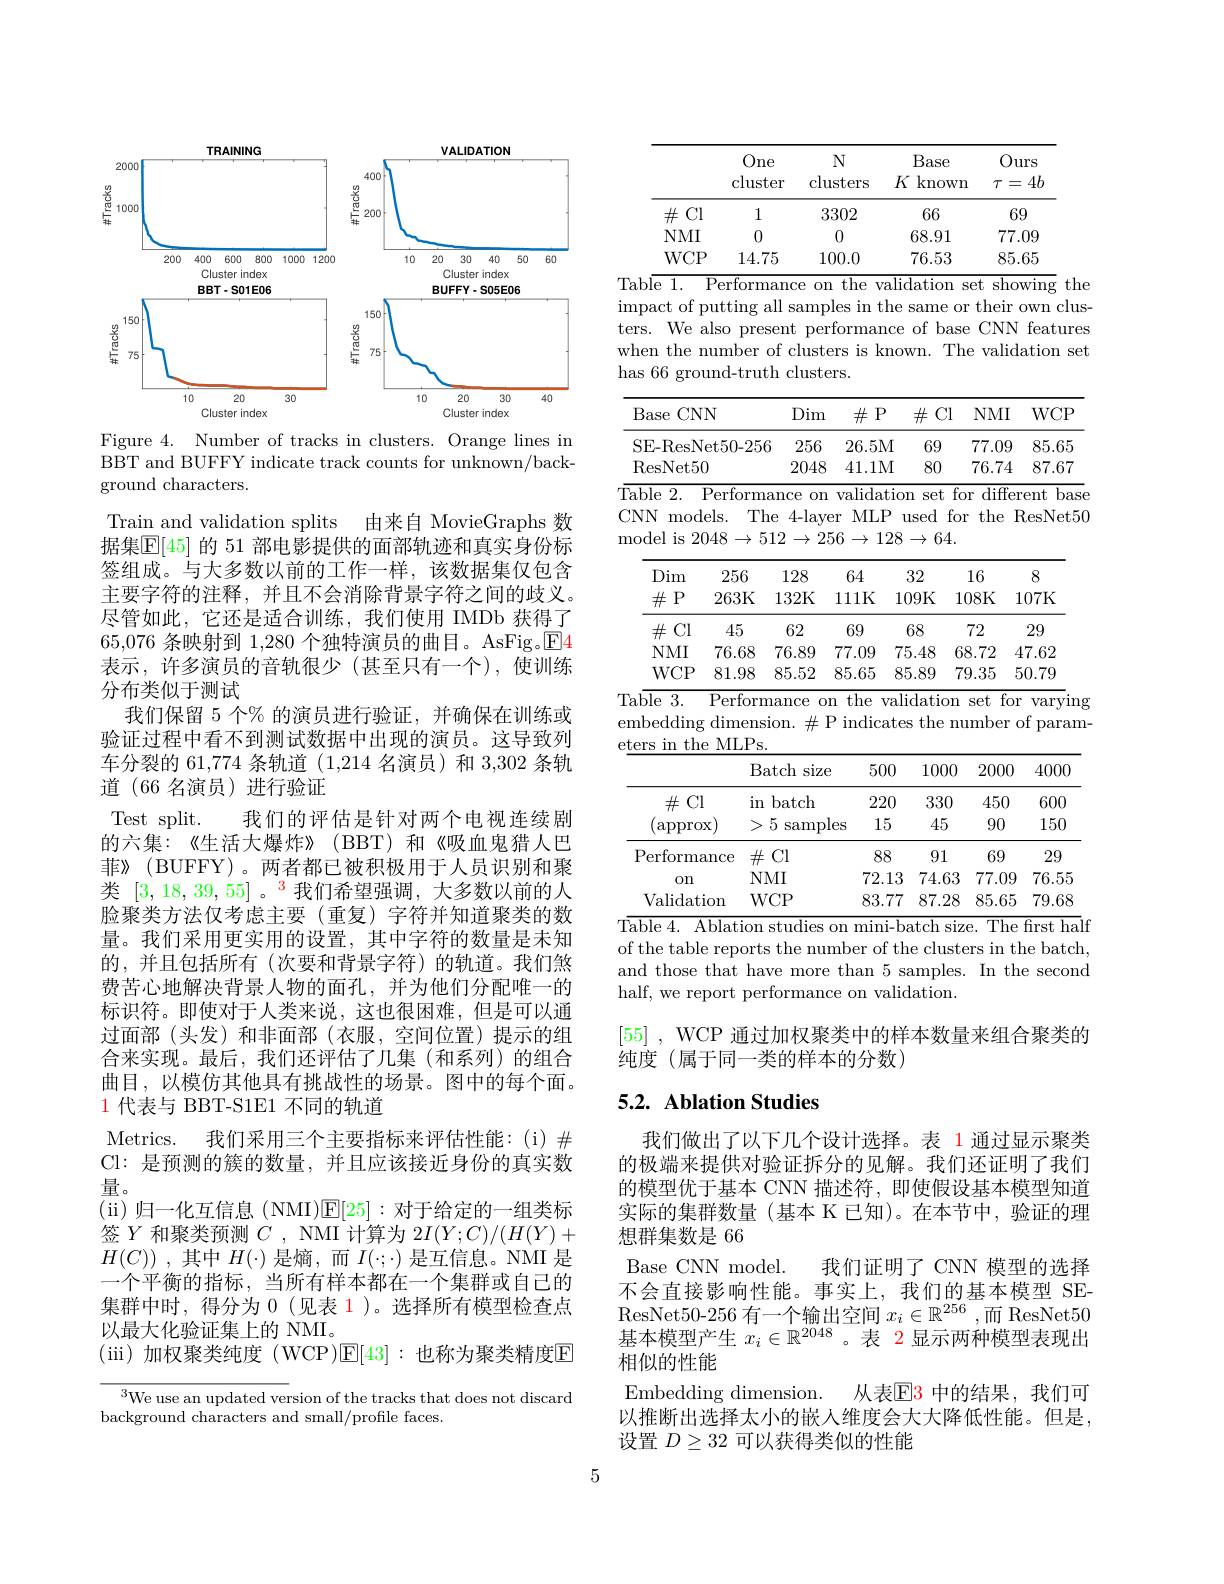
<FigureHere>
Figure 4. Number of tracks in clusters. Orange lines in

BBT and BUFFY indicate track counts for unknown/back-
ground characters.

Train and validation splits 由来自 MovieGraphs 数据集$\overline{\mathbb{E}}[45]$ 的 51 部电影提供的面部轨迹和真实身份标签组成。与大多数以前的工作一样，该数据集仅包含主要字符的注释，并且不会消除背景字符之间的歧义。尽管如此，它还是适合训练，我们使用 IMDb 获得了65,076 条映射到 1,280 个独特演员的曲目。AsFig。$\boxed{\mathrm{E}}4$ 表示，许多演员的音轨很少(甚至只有一个),使训练分布类似于测试
我们保留 5 个% 的演员进行验证，并确保在训练或验证过程中看不到测试数据中出现的演员。这导致列车分裂的 61,774 条轨道 (1,214 名演员) 和 3,302 条轨道 (66 名演员)进行验证
Test split. 我们的评估是针对两个电视连续剧的六集：《生活大爆炸》(BBT)和《吸血鬼猎人巴菲》(BUFFY)。两者都已被积极用于人员识别和聚类[3,18,39,55] 。$^{\color{red}3}$我们希望强调，大多数以前的人脸聚类方法仅考虑主要(重复)字符并知道聚类的数量。我们采用更实用的设置，其中字符的数量是未知的，并且包括所有(次要和背景字符)的轨道。我们煞费苦心地解决背景人物的面孔，并为他们分配唯一的标识符。即使对于人类来说，这也很困难，但是可以通过面部 (头发)和非面部 (衣服，空间位置)提示的组合来实现。最后，我们还评估了几集(和系列)的组合曲目，以模仿其他具有挑战性的场景。图中的每个面。$\color{red}{1\text{ 代表与 BBT-S1E1 不同的轨道}}$
Metrics. 我们采用三个主要指标来评估性能：(i)# Cl: 是预测的簇的数量，并且应该接近身份的真实数量。
(i)归一化互信息 (NMI)$\mathbb{E}[25]:$对于给定的一组类标签$Y$和聚类预测$C$, NMI 计算为 2$I(Y;C)/(H(Y)+$ $H(C))$,其中$H(\cdot)$ 是熵，而$I(\cdot;\cdot)$ 是互信息。NMI 是一个平衡的指标，当所有样本都在一个集群或自己的集群中时，得分为 0 (见表 1)。选择所有模型检查点以最大化验证集上的 NMI。
(iii)加权聚类纯度(WCP)$\mathbb{E}[43]:$也称为聚类精度$\mathbb{E}$
${\sqrt{^3\text{We use an updated ver}}}$sion of the tracks that does not discard

background characters and small/profile faces.

<table>
	<tbody>
		<tr>
			<th> </th>
			<th>One cluster</th>
			<th>$N$ $\operatorname{clusters}$</th>
			<th>Base $K$ known 1 1</th>
			<th>Ours $4t$ $T$ =</th>
		</tr>
		<tr>
			<td>Cl $\#$</td>
			<td>1</td>
			<td>3302</td>
			<td>66</td>
			<td>69</td>
		</tr>
		<tr>
			<td>$NMI$</td>
			<td>0</td>
			<td>0</td>
			<td>68.91</td>
			<td>77.09</td>
		</tr>
		<tr>
			<td>$WCP$</td>
			<td>14.75</td>
			<td>100.0</td>
			<td>76.53</td>
			<td>85.65</td>
		</tr>
	</tbody>
</table>
Table 1. Performance on the validation set showing the

impact of putting all samples in the same or their own clusters. We also present performance of base CNN features when the number of clusters is known. The validation set has
clusters
<table>
	<tbody>
		<tr>
			<th>Base $CNN$</th>
			<th>Dim</th>
			<th>Dim</th>
			<th>$\#$P</th>
			<th>$\#$ $\div$Cl</th>
			<th>$NMI$</th>
			<th>$WCP$</th>
		</tr>
		<tr>
			<td>SE-ResNet50-25 ResNet50 Table 2. Perform $CNN$ models. TI ${\mathrm{model~is~2048}}$ $\rightarrow$ 20</td>
			<td>:56 256 2048 mance om $\Gamma$he 4-lay $512\to2$</td>
			<td>256 2048 ce on 4-layer $\rightarrow256$</td>
			<td>26.5M 41.1M ${\mathrm{alidatio}}$ MLP $\rightarrow128$</td>
			<td>69 80 n set fo used f fo $\rightarrow64.$</td>
			<td>77.09 76.74 diffe $\partial\Gamma$ the $\Upsilon$ </td>
			<td>85.65 87.67 ent base ${\mathrm{ResNet50}}$</td>
		</tr>
		<tr>
			<td>Dim 256 $\#$P 263K</td>
			<td>128 132K</td>
			<td>$\lfloor28$ 32K 1</td>
			<td>64 11K 1</td>
			<td>32 09K 1</td>
			<td>16 .08K</td>
			<td> 07K</td>
		</tr>
		<tr>
			<td>$\#P$ 263K</td>
			<td>132K</td>
			<td>32K</td>
			<td>$111K$ 1</td>
			<td>09K</td>
			<td>$08K$</td>
			<td>$07K$</td>
		</tr>
		<tr>
			<td>40</td>
			<td>$0L$</td>
			<td>$0L$</td>
			<td> </td>
			<td>$JO$</td>
			<td>$1\angle$</td>
			<td>$\angle9$</td>
		</tr>
		<tr>
			<td>LYIVLL 10.00 $WCP$ 8198</td>
			<td>$U.0.0$</td>
			<td>-1 1 1</td>
			<td> </td>
			<td></td>
			<td>1 1. 1</td>
			<td>$1\cdot0\angle$</td>
		</tr>
		<tr>
			<td>Table 3. Perforn embedding dimens eters in the ${\mathrm{e~MLPs}}$</td>
			<td>rmance 0 $\#$ nsion. 'S.</td>
			<td>nce $0n$ $\#$P 1.</td>
			<td>the val $\operatorname{indicate}$</td>
			<td>$\operatorname{idation}$ the S </td>
			<td>for set umber</td>
			<td>$\operatorname{varying}$ f param</td>
		</tr>
		<tr>
			<td>$B$</td>
			<td>Batch $\operatorname{siz\epsilon}$</td>
			<td>$h$ size</td>
			<td>500</td>
			<td>1000</td>
			<td>2000</td>
			<td>4000</td>
		</tr>
		<tr>
			<td>$\#$Cl $\operatorname{in}$</td>
			<td>$in$ batch</td>
			<td>itch</td>
			<td>220</td>
			<td>330</td>
			<td>450</td>
			<td>600</td>
		</tr>
		<tr>
			<td>(approx)</td>
			<td>5 $\operatorname{samp}$</td>
			<td>samples</td>
			<td>15 S</td>
			<td>45</td>
			<td>90</td>
			<td>150</td>
		</tr>
		<tr>
			<td>Performance $\#$</td>
			<td>$\#$Cl</td>
			<td> </td>
			<td>88</td>
			<td>91</td>
			<td>69</td>
			<td>29</td>
		</tr>
		<tr>
			<td>$N$ $0n$</td>
			<td>$NMI$</td>
			<td> </td>
			<td>72.13</td>
			<td>74.63</td>
			<td>77.09</td>
			<td>76.55</td>
		</tr>
		<tr>
			<td>Validation $W$</td>
			<td>$WCP$</td>
			<td>$\partial$</td>
			<td>83.77</td>
			<td>87.28</td>
			<td>85.65</td>
			<td>79.68</td>
		</tr>
	</tbody>
</table>

of the table reports the number of the clusters in the batch,

and those that have more than 5 samples. In the second
half, we report performance on validation.

[55] , WCP 通过加权聚类中的样本数量来组合聚类的
纯度(属于同一类的样本的分数)

# 5.2. Ablation Studies

我们做出了以下几个设计选择。表 1通过显示聚类的极端来提供对验证拆分的见解。我们还证明了我们的模型优于基本 CNN 描述符，即使假设基本模型知道实际的集群数量(基本 K 已知)。在本节中，验证的理想群集数是 66
我们证明了 CNN 模型的选择
Base CNN model.
不会直接影响性能。事实上，我们的基本模型 SEResNet50-256 有一个输出空间 $x_i\in\mathbb{R}^{256}$,而 ResNet50基本模型产生$x_i\in\mathbb{R}^{2048}$ 。表 2 显示两种模型表现出相似的性能
Embedding dimension. 从表$\boxed{\mathrm{F}}$3 中的结果，我们可以推断出选择太小的嵌人维度会大大降低性能。但是， 设置$D\geq32$可以获得类似的性能

5